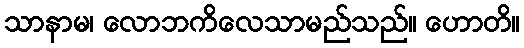
သာနာမ၊ လောဘကိလေသာမည်သည်။ ဟောတိ။